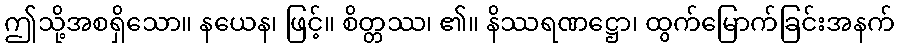
ဤသို့အစရှိသော။ နယေန၊ ဖြင့်။ စိတ္တဿ၊ ၏။ နိဿရဏဋ္ဌော၊ ထွက်မြောက်ခြင်းအနက်